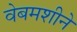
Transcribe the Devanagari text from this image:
वेबमशीने